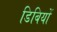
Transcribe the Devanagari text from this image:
डिबियों